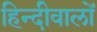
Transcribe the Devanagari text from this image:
हिन्दीवालों